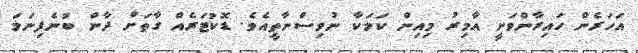
އަހަރެން ހައިރާންވަނީ އާމިރު މިއިން ކަމަކާ ނުވިސްނާތީއެވެ. ޑޮކުޓަރެއް ގާތަށް ދާން ބުނެފިނަމަ